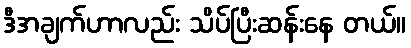
ဒီအချက်ဟာလည်း သိပ်ပြီးဆန်းနေ တယ်။